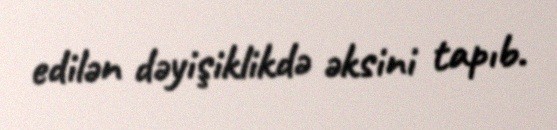
edilən dəyişiklikdə əksini tapıb.